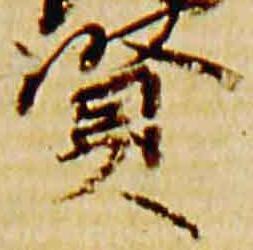
賢